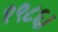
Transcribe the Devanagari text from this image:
१९८६।